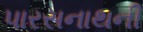
પારસનાથની